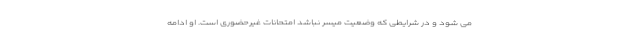
می شود و در شرایطی که وضعیت میسر نباشد امتحانات غیرحضوری است. او ادامه